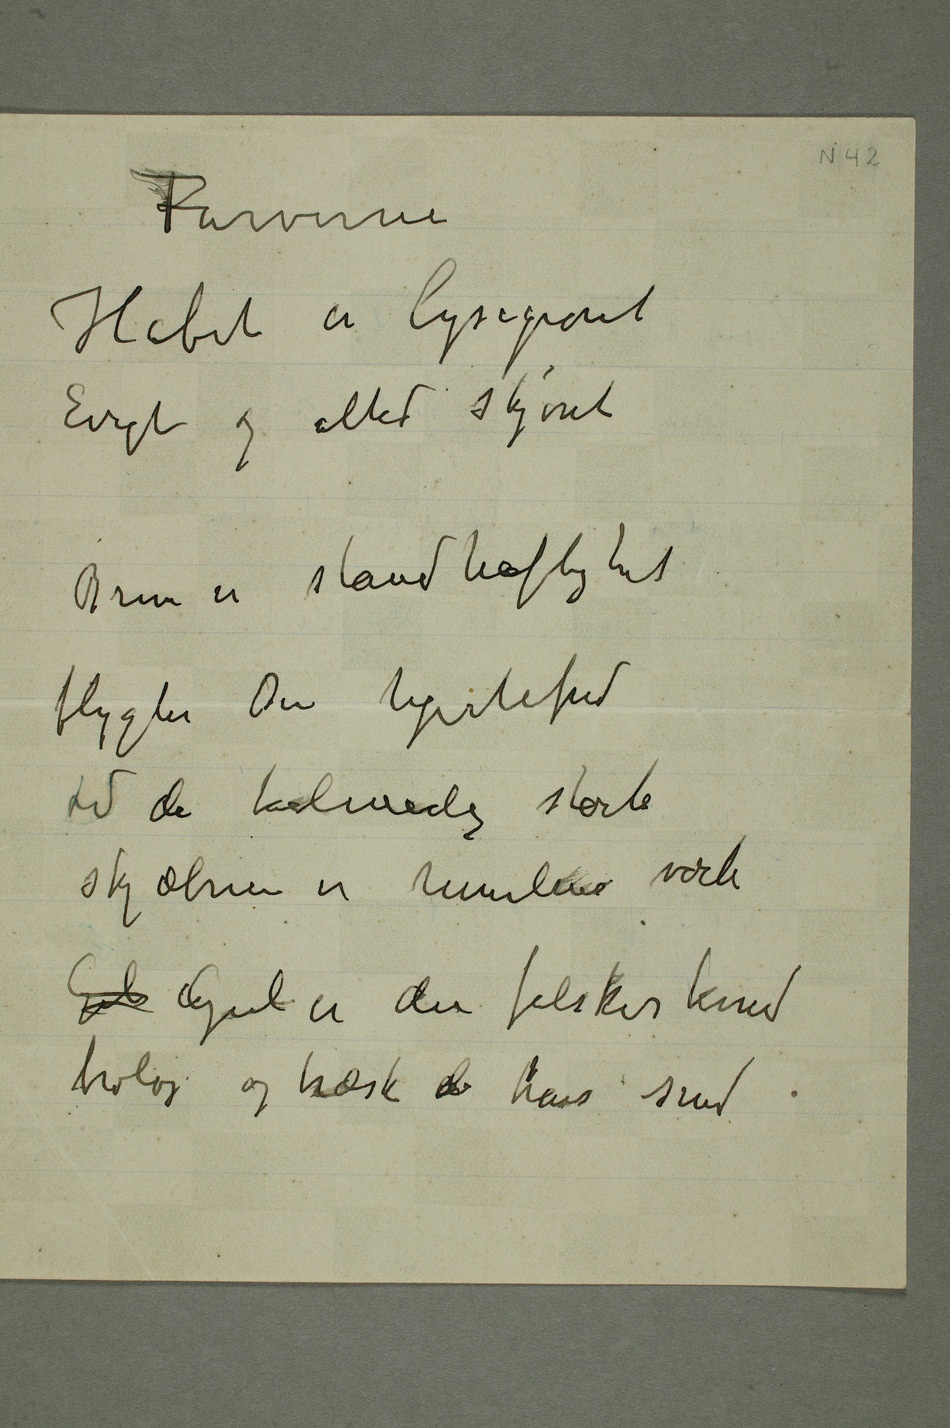
Farverne
Håbet er lysegrønt
Evigt og altid skjønt
Brun er standhaftighet
flygter Din hjertefred
lid da tålmodig stærk
skjæbnen er himlens værk
troløs og træsk  hans sind